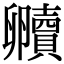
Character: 贕